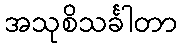
အသုစိသင်္ခါတာ